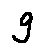
g